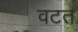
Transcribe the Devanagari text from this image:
वटत